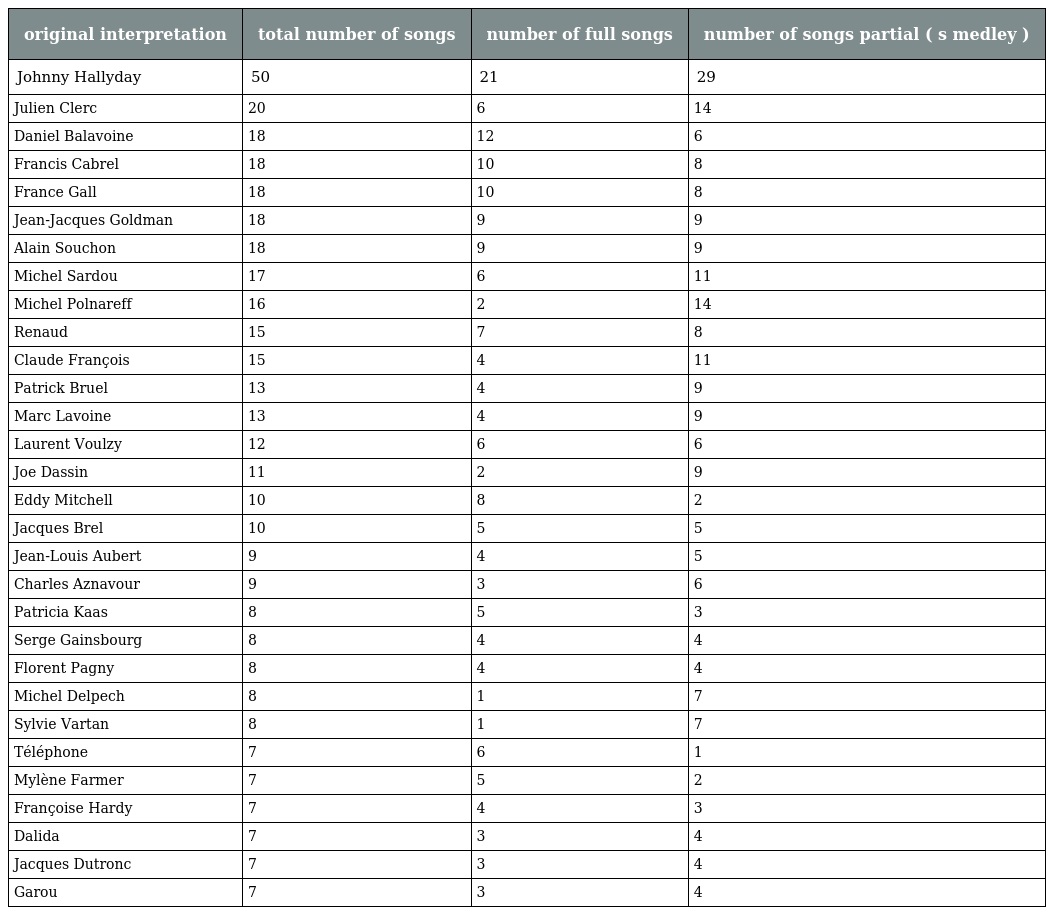
| original interpretation | total number of songs | number of full songs | number of songs partial ( s medley ) |
 | --- | --- | --- | --- |
 | Johnny Hallyday | 50 | 21 | 29 |
 | Julien Clerc | 20 | 6 | 14 |
 | Daniel Balavoine | 18 | 12 | 6 |
 | Francis Cabrel | 18 | 10 | 8 |
 | France Gall | 18 | 10 | 8 |
 | Jean-Jacques Goldman | 18 | 9 | 9 |
 | Alain Souchon | 18 | 9 | 9 |
 | Michel Sardou | 17 | 6 | 11 |
 | Michel Polnareff | 16 | 2 | 14 |
 | Renaud | 15 | 7 | 8 |
 | Claude François | 15 | 4 | 11 |
 | Patrick Bruel | 13 | 4 | 9 |
 | Marc Lavoine | 13 | 4 | 9 |
 | Laurent Voulzy | 12 | 6 | 6 |
 | Joe Dassin | 11 | 2 | 9 |
 | Eddy Mitchell | 10 | 8 | 2 |
 | Jacques Brel | 10 | 5 | 5 |
 | Jean-Louis Aubert | 9 | 4 | 5 |
 | Charles Aznavour | 9 | 3 | 6 |
 | Patricia Kaas | 8 | 5 | 3 |
 | Serge Gainsbourg | 8 | 4 | 4 |
 | Florent Pagny | 8 | 4 | 4 |
 | Michel Delpech | 8 | 1 | 7 |
 | Sylvie Vartan | 8 | 1 | 7 |
 | Téléphone | 7 | 6 | 1 |
 | Mylène Farmer | 7 | 5 | 2 |
 | Françoise Hardy | 7 | 4 | 3 |
 | Dalida | 7 | 3 | 4 |
 | Jacques Dutronc | 7 | 3 | 4 |
 | Garou | 7 | 3 | 4 |